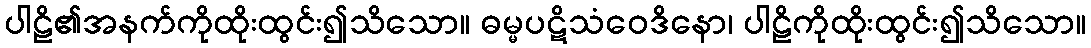
ပါဠိ၏အနက်ကိုထိုးထွင်း၍သိသော။ ဓမ္မပဋိသံဝေဒိနော၊ ပါဠိကိုထိုးထွင်း၍သိသော။